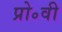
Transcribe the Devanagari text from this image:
प्रो॰वी